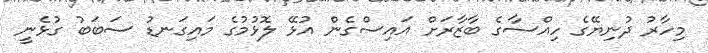
މިހާރު ދުނިޔޭގެ ހިއްސާގެ ބާޒާރަށް އައިސްގެން އުޅޭ ލޮޅުމުގެ މައިގަނޑު ސަބަބު ގުޅެނީ